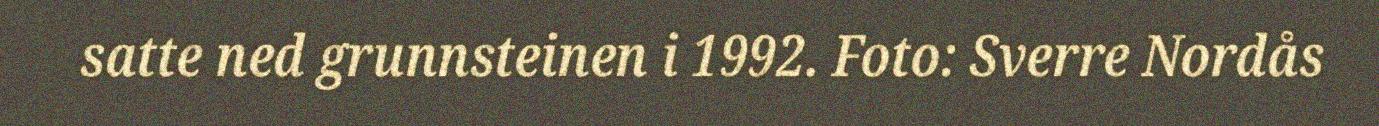
satte ned grunnsteinen i 1992. Foto: Sverre Nordås